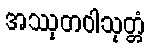
အဿုတဝါသုတ္တံ